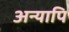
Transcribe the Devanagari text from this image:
अन्यापि